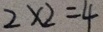
2 \times 2 = 4